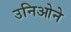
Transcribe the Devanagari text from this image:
उनिओने